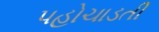
પહોચાડતી